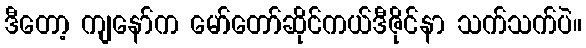
ဒီတော့ ကျနော်က မော်တော်ဆိုင်ကယ်ဒီဇိုင်နာ သက်သက်ပဲ။